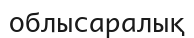
облысаралық